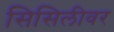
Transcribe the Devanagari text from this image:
सिसिलीवर